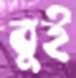
বুই